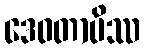
ဒေဝတာပိဿ